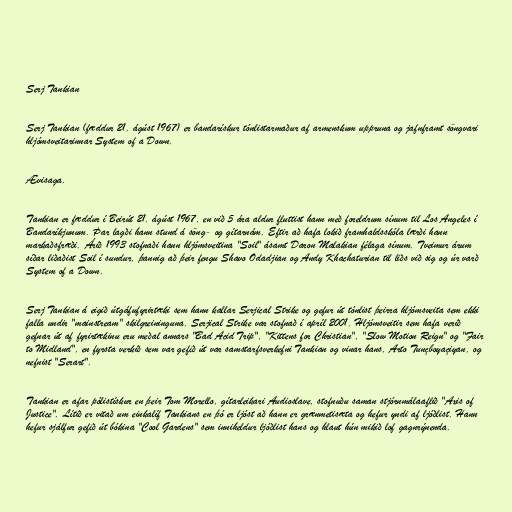
Serj Tankian

Serj Tankian (fæddur 21. ágúst 1967) er bandarískur tónlistarmaður af armenskum uppruna og jafnframt söngvari
hljómsveitarinnar System of a Down.

Ævisaga.

Tankian er fæddur í Beirút 21. ágúst 1967, en við 5 ára aldur fluttist hann með foreldrum sínum til Los Angeles í
Bandaríkjunum. Þar lagði hann stund á söng- og gítarnám. Eftir að hafa lokið framhaldsskóla lærði hann
markaðsfræði. Árið 1993 stofnaði hann hljómsveitina "Soil" ásamt Daron Malakian félaga sínum. Tveimur árum
síðar liðaðist Soil í sundur, þannig að þeir fengu Shavo Odadjian og Andy Khachaturian til liðs við sig og úr varð
System of a Down.

Serj Tankian á eigið útgáfufyrirtæki sem hann kallar Serjical Strike og gefur út tónlist þeirra hljómsveita sem ekki
falla undir "mainstream" skilgreininguna. Serjical Strike var stofnað í apríl 2001. Hljómsveitir sem hafa verið
gefnar út af fyrirtækinu eru meðal annars "Bad Acid Trip", "Kittens for Christian", "Slow Motion Reign" og "Fair
to Midland", en fyrsta verkið sem var gefið út var samstarfsverkefni Tankian og vinar hans, Arto Tunçboyaçiyan, og
nefnist "Serart".

Tankian er afar pólistískur en þeir Tom Morello, gítarleikari Audioslave, stofnuðu saman stjórnmálaaflið "Axis of
Justice". Lítið er vitað um einkalíf Tankians en þó er ljóst að hann er grænmetisæta og hefur yndi af ljóðlist. Hann
hefur sjálfur gefið út bókina "Cool Gardens" sem inniheldur ljóðlist hans og hlaut hún mikið lof gagnrýnenda.